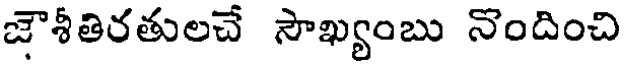
జౌశీతిరతులచే సౌఖ్యంబు నొందించి